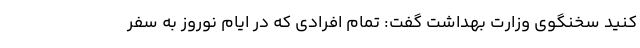
کنید سخنگوی وزارت بهداشت گفت: تمام افرادی که در ایام نوروز به سفر